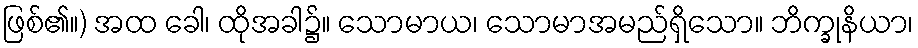
ဖြစ်၏။) အထ ခေါ၊ ထိုအခါ၌။ သောမာယ၊ သောမာအမည်ရှိသော။ ဘိက္ခုနိယာ၊